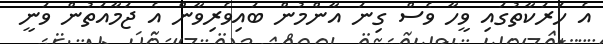
އެ ހަރަކާތުގައި ވީހާ ވެސް ގިނަ އާންމުން ބައިވެރިވާން އެ ޖަމާއަތުން ވަނީ